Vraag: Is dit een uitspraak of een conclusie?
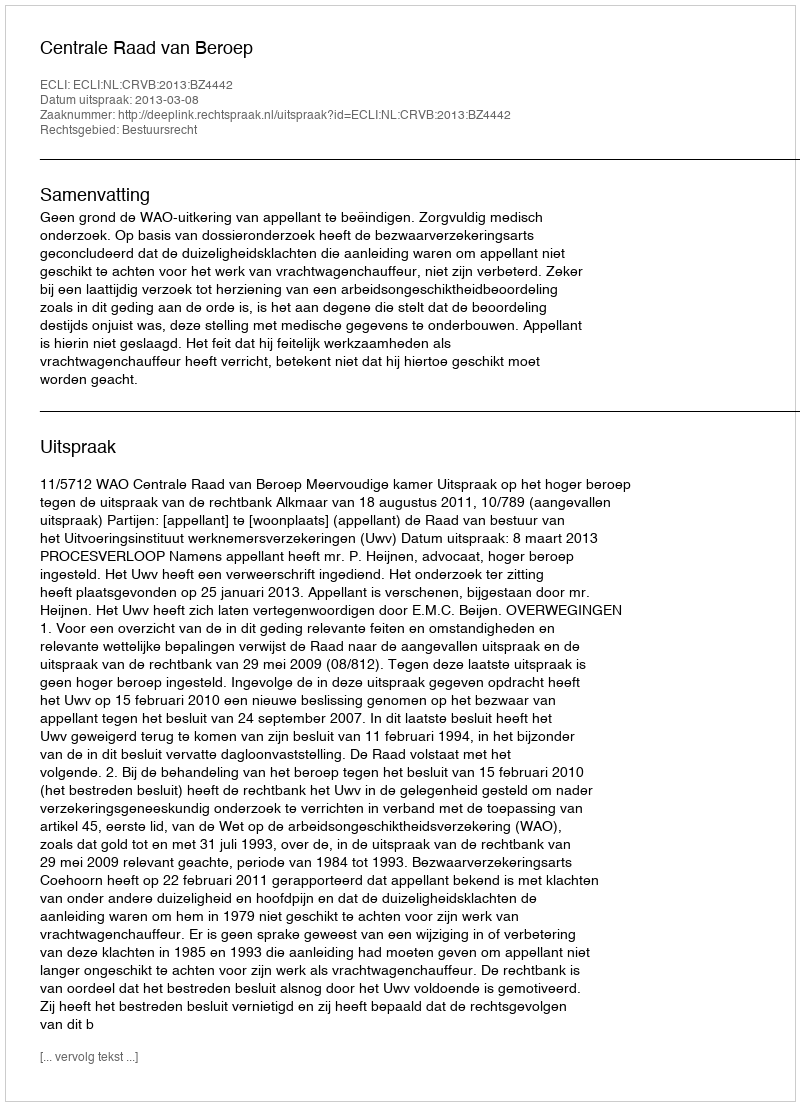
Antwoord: Uitspraak